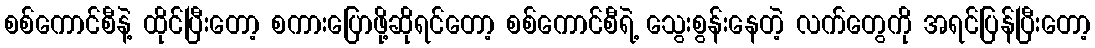
စစ်ကောင်စီနဲ့ ထိုင်ပြီးတော့ စကားပြောဖို့ဆိုရင်တော့ စစ်ကောင်စီရဲ့ သွေးစွန်းနေတဲ့ လက်တွေကို အရင်ပြန်ပြီးတော့